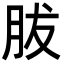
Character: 胈